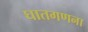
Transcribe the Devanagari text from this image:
घातगणना